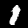
Digit: 1